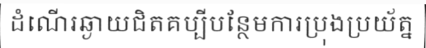
ដំណើរឆ្ងាយជិតគប្បីបន្ថែមការប្រុងប្រយ័ត្ន